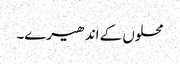
محلوں کے اندھیرے۔